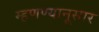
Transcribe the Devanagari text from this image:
म्हणण्यानूसार